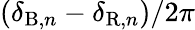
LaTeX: (\delta_{\mathrm{B},n}-\delta_{\mathrm{R},n})/2\pi